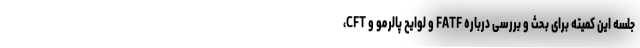
جلسه این کمیته برای بحث و بررسی درباره FATF و لوایح پالرمو و CFT،